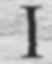
I